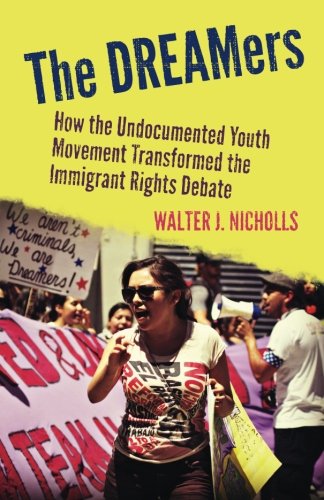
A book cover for The DREAMers: How the Undocumented Youth Movement Transformed the Immigrant Rights Debate; Walter Nicholls; Politics & Social Sciences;